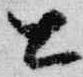
公